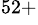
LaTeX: ^{52+}